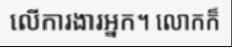
លើការងារអ្នក។ លោកក៏